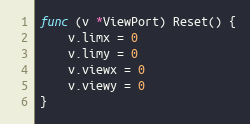
Language: Go
func (v *ViewPort) Reset() {
	v.limx = 0
	v.limy = 0
	v.viewx = 0
	v.viewy = 0
}